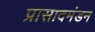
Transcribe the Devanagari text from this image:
प्रासादमंडन